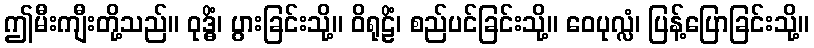
ဤမီးကျီးတို့သည်။ ဝုဒ္ဓိံ၊ ပွားခြင်းသို့။ ဝိရုဠိံ၊ စည်ပင်ခြင်းသို့။ ဝေပုလ္လံ၊ ပြန့်ပြောခြင်းသို့။